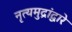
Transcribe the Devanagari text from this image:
नृत्यमुद्रांद्वारे